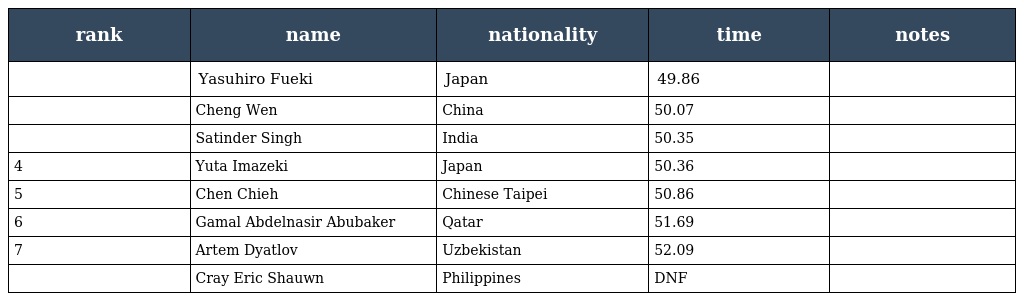
| rank | name | nationality | time | notes |
 | --- | --- | --- | --- | --- |
 |  | Yasuhiro Fueki | Japan | 49.86 |  |
 |  | Cheng Wen | China | 50.07 |  |
 |  | Satinder Singh | India | 50.35 |  |
 | 4 | Yuta Imazeki | Japan | 50.36 |  |
 | 5 | Chen Chieh | Chinese Taipei | 50.86 |  |
 | 6 | Gamal Abdelnasir Abubaker | Qatar | 51.69 |  |
 | 7 | Artem Dyatlov | Uzbekistan | 52.09 |  |
 |  | Cray Eric Shauwn | Philippines | DNF |  |